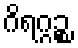
ဂိရဂ္ဂဉ္စ